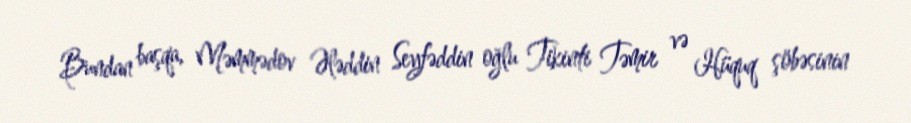
Bundan başqa, Məmmədov Ələddin Seyfəddin oğlu Tikinti Təmir və Hüquq şöbəsinin